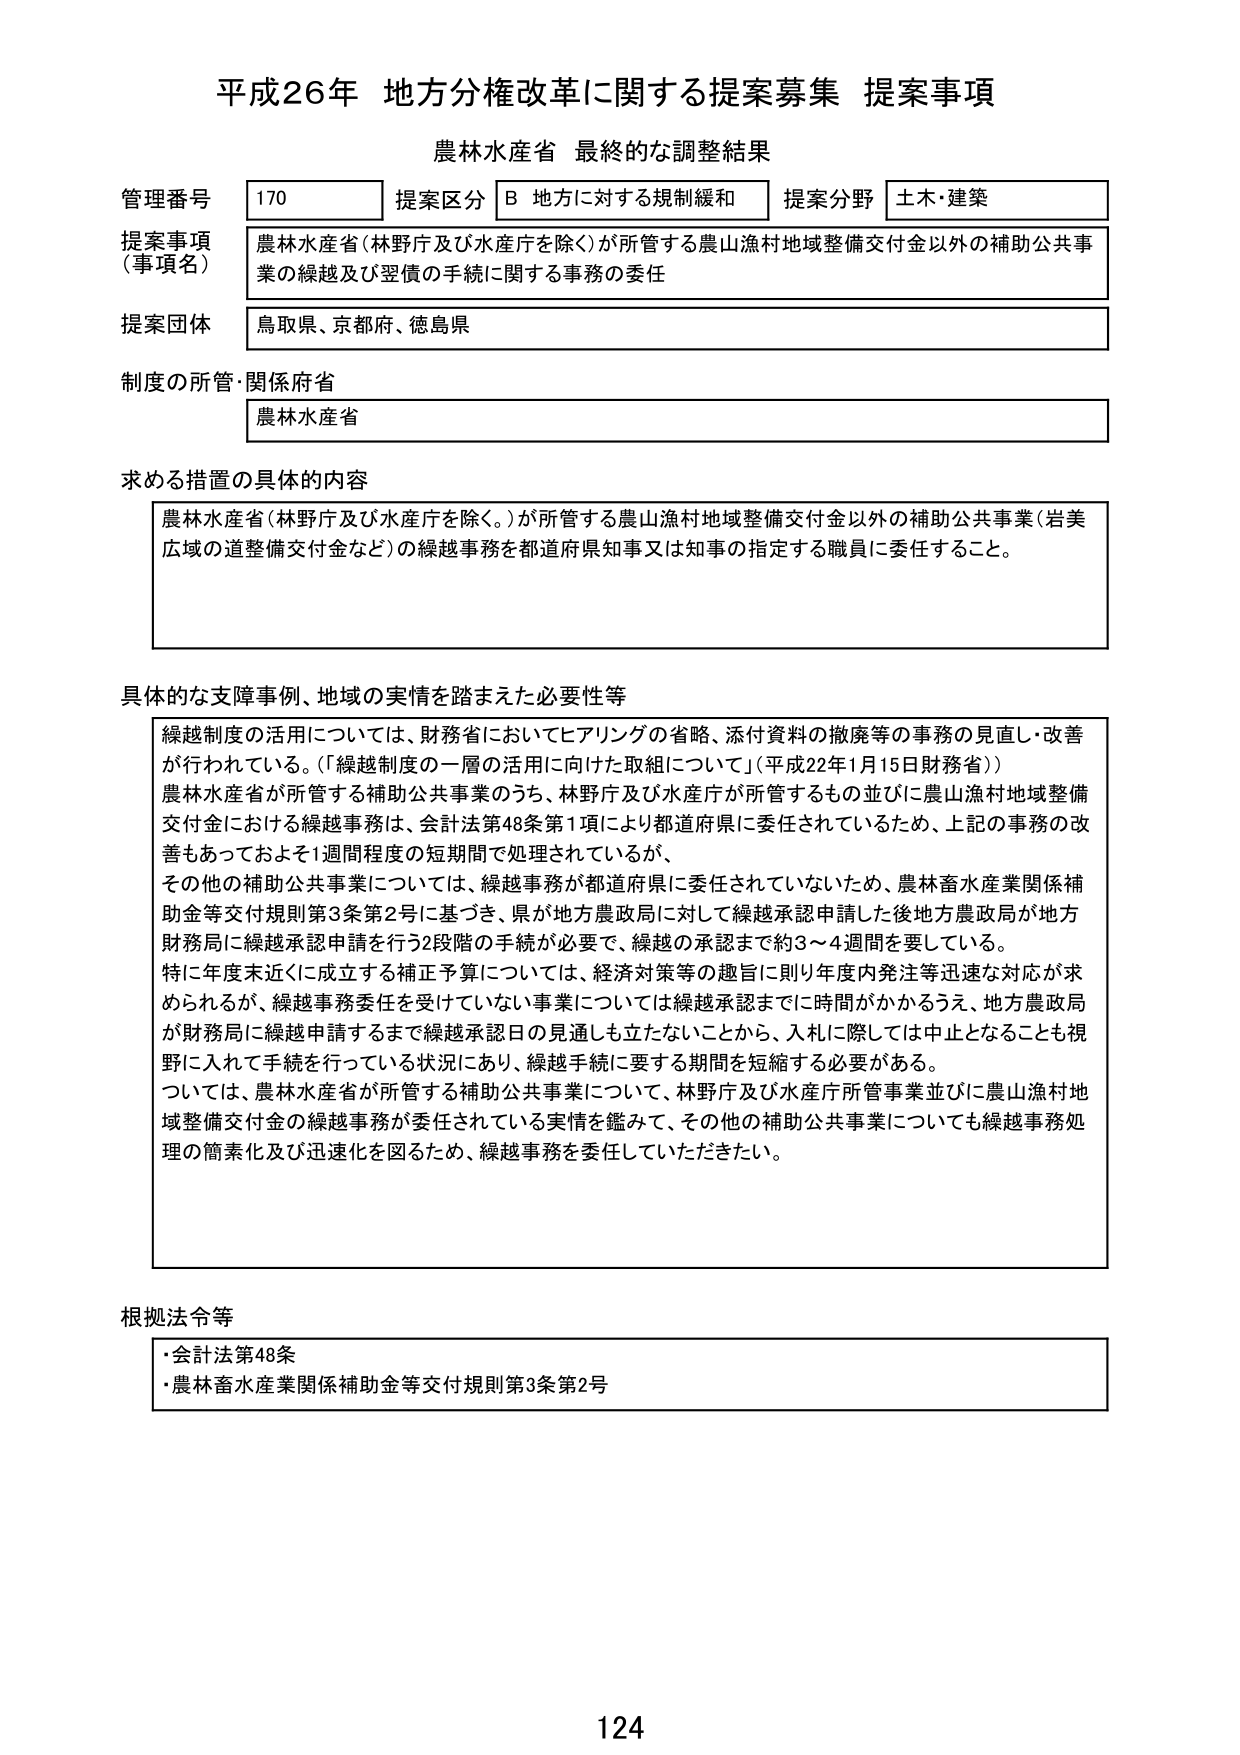
平成26年 地方分権改革に関する提案募集 提案事項
農林水産省 最終的な調整結果

管理番号 170 提案区分 B 地方に対する規制緩和 提案分野 土木・建築
提案事項（事項名） 農林水産省（林野庁及び水産庁を除く）が所管する農山漁村地域整備交付金以外の補助公共事業の繰越及び翌債の手続に関する事務の委任
提案団体 鳥取県、京都府、徳島県
制度の所管・関係府省 農林水産省

求める措置の具体的内容
農林水産省（林野庁及び水産庁を除く。）が所管する農山漁村地域整備交付金以外の補助公共事業（岩美広域の道整備交付金など）の繰越事務を都道府県知事又は知事の指定する職員に委任すること。

具体的な支障事例、地域の実情を踏まえた必要性等
繰越制度の活用については、財務省においてヒアリングの省略、添付資料の撤廃等の事務の見直し・改善が行われている。（「繰越制度の一層の活用に向けた取組について」（平成22年1月15日財務省））
農林水産省が所管する補助公共事業のうち、林野庁及び水産庁が所管するもの並びに農山漁村地域整備交付金における繰越事務は、会計法第48条第1項により都道府県に委任されているため、上記の事務の改善もあっておよそ1週間程度の短期間で処理されているが、
その他の補助公共事業については、繰越事務が都道府県に委任されていないため、農林畜水産業関係補助金等交付規則第3条第2号に基づき、県が地方農政局に対して繰越承認申請した後地方農政局が地方財務局に繰越承認申請を行う2段階の手続が必要で、繰越の承認まで約3～4週間を要している。
特に年度末近くに成立する補正予算については、経済対策等の趣旨に則り年度内発注等迅速な対応が求められるが、繰越事務委任を受けていない事業については繰越承認までに時間がかかるうえ、地方農政局が財務局に繰越申請するまで繰越承認日の見通しも立たないことから、入札に際しては中止となることも視野に入れて手続を行っている状況にあり、繰越手続に要する期間を短縮する必要がある。
ついては、農林水産省が所管する補助公共事業について、林野庁及び水産庁所管事業並びに農山漁村地域整備交付金の繰越事務が委任されている実情を鑑みて、その他の補助公共事業についても繰越事務処理の簡素化及び迅速化を図るため、繰越事務を委任していただきたい。

根拠法令等
・会計法第48条
・農林畜水産業関係補助金等交付規則第3条第2号

124